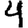
Digit: 4